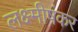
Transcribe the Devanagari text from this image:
लक्ष्मीषंकर